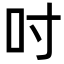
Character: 吋